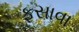
ફસાવા